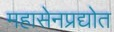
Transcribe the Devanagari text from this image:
महासेनप्रद्योत